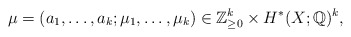
\begin{align*}\mu=(a_1,\dots,a_k;\mu_1,\dots,\mu_k)\in \mathbb{Z}_{\geq 0}^k\times H^*(X;\mathbb{Q})^k,\end{align*}